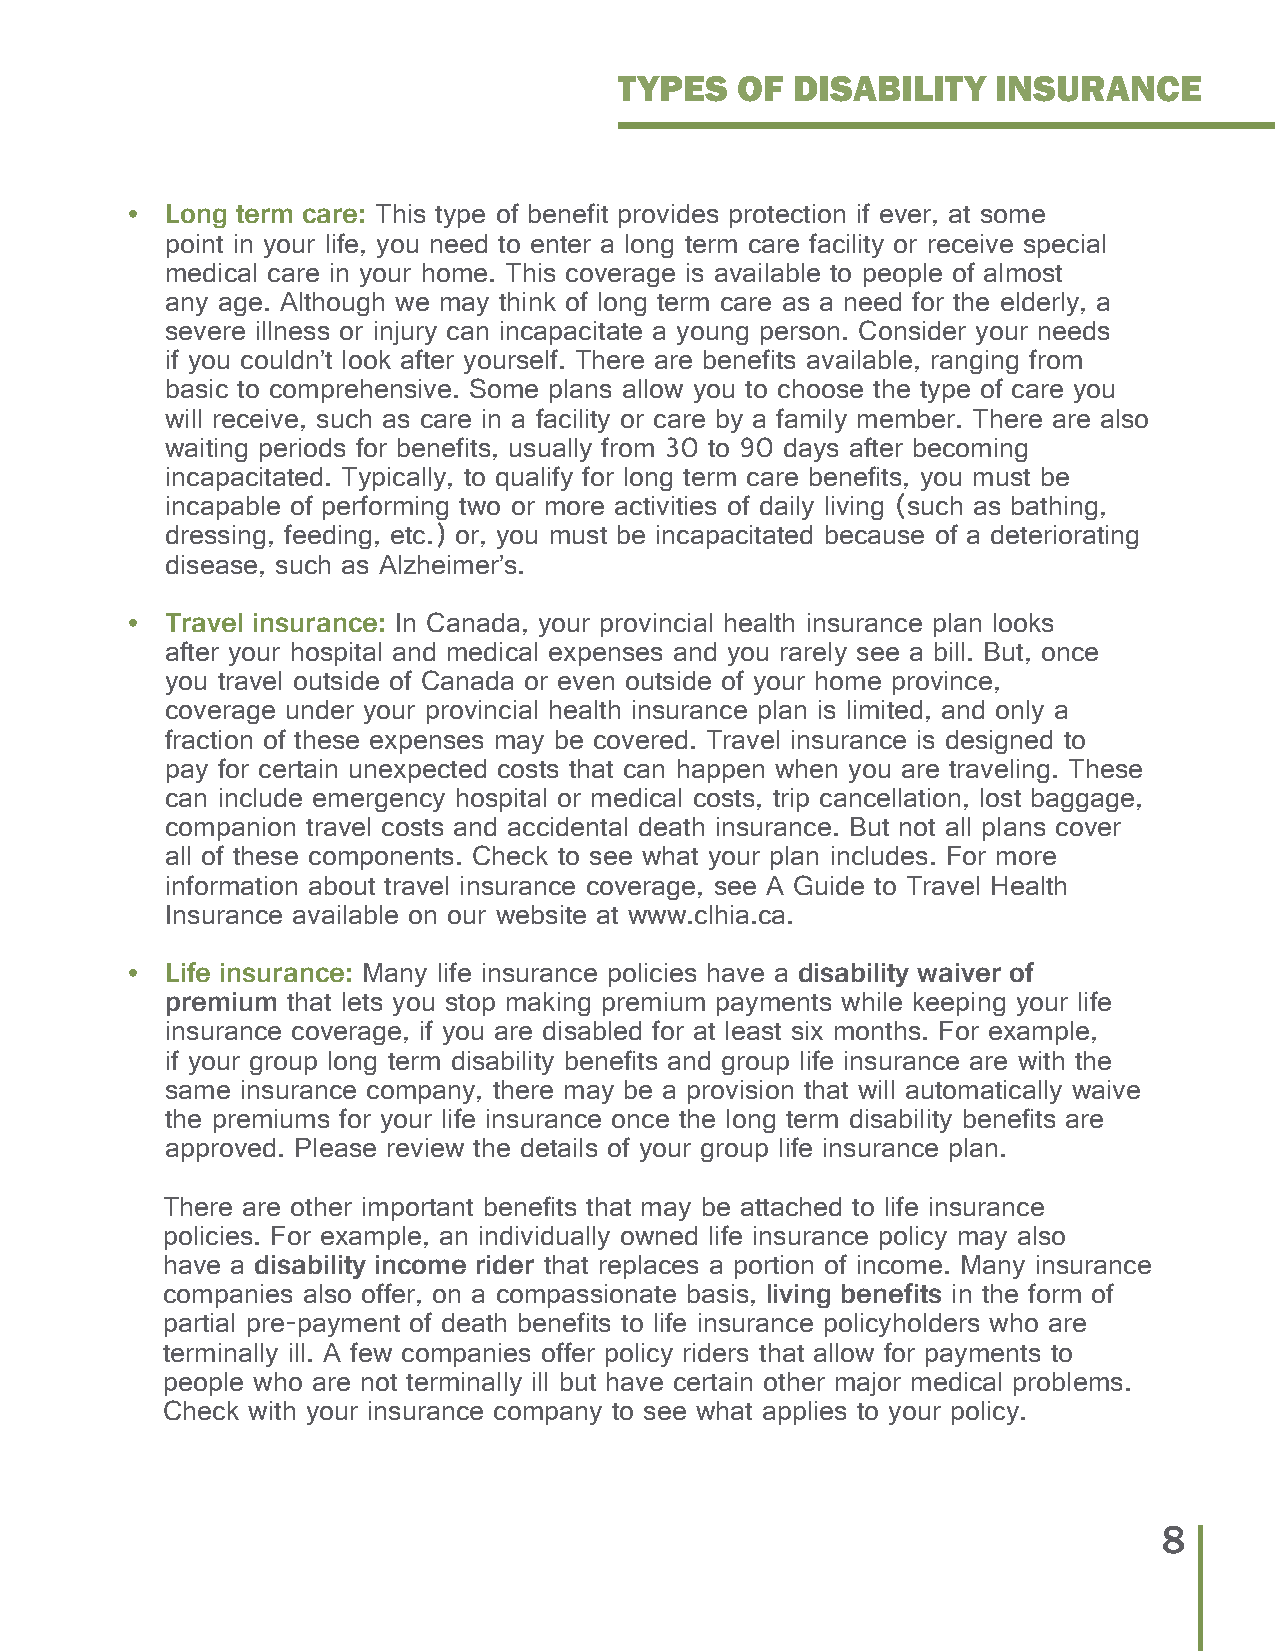
TYPES   OF  DISABILITY   INSURANCE
 •  Long term care: This type of benefit provides protection if ever, at some
 point in your life, you need to enter a long term care facility or receive special
 medical care in your home. This coverage is available to people of almost
 any age. Although we may think of long term care as a need for the elderly, a
 severe illness or injury can incapacitate a young person. Consider your needs
 if you couldn’t look after yourself. There are benefits available, ranging from
 basic to comprehensive. Some plans allow you to choose the type of care you
 will receive, such as care in a facility or care by a family member. There are also
 waiting periods for benefits, usually from 30 to 90 days after becoming
 incapacitated. Typically, to qualify for long term care benefits, you must be
 incapable of performing two or more activities of daily living (such as bathing,
 dressing, feeding, etc.) or, you must be incapacitated because of a deteriorating
 disease, such as Alzheimer’s.
 •  Travel insurance: In Canada, your provincial health insurance plan looks
 after your hospital and medical expenses and you rarely see a bill. But, once
 you travel outside of Canada or even outside of your home province,
 coverage under your provincial health insurance plan is limited, and only a
 fraction of these expenses may be covered. Travel insurance is designed to
 pay for certain unexpected costs that can happen when you are traveling. These
 can include emergency hospital or medical costs, trip cancellation, lost baggage,
 companion travel costs and accidental death insurance. But not all plans cover
 all of these components. Check to see what your plan includes. For more
 information about travel insurance coverage, see A Guide to Travel Health
 Insurance available on our website at www.clhia.ca.
 •  Life insurance: Many life insurance policies have a disability waiver of
 premium that lets you stop making premium payments while keeping your life
 insurance coverage, if you are disabled for at least six months. For example,
 if your group long term disability benefits and group life insurance are with the
 same insurance company, there may be a provision that will automatically waive
 the premiums for your life insurance once the long term disability benefits are
 approved. Please review the details of your group life insurance plan.
 There are other important benefits that may be attached to life insurance
 policies. For example, an individually owned life insurance policy may also
 have a disability income rider that replaces a portion of income. Many insurance
 companies also offer, on a compassionate basis, living benefits in the form of
 partial pre-payment of death benefits to life insurance policyholders who are
 terminally ill. A few companies offer policy riders that allow for payments to
 people who are not terminally ill but have certain other major medical problems.
 Check with your insurance company to see what applies to your policy.
 8